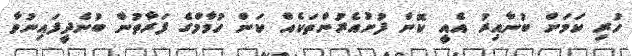
ހުރި ކަމަށް ބުނާއިރު އެއީ ކޮން ފުށުއެރުންތަކެއް ކަން ހުމާމްގެ ފަރާތުން ބުނެދީފައިނުވާ